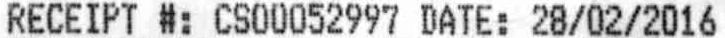
RECEIPT #: CS00052997 DATE: 28/02/2016